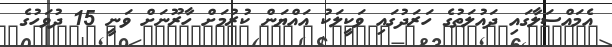
އެމައްސަލާގައި ދައުލަތުގެ ހަރަދުގައި ވަކީލަކު އައްޔަން ކުރުމަށް ހާރޫނަށް ވަނީ 15 ދުވަހުގެ